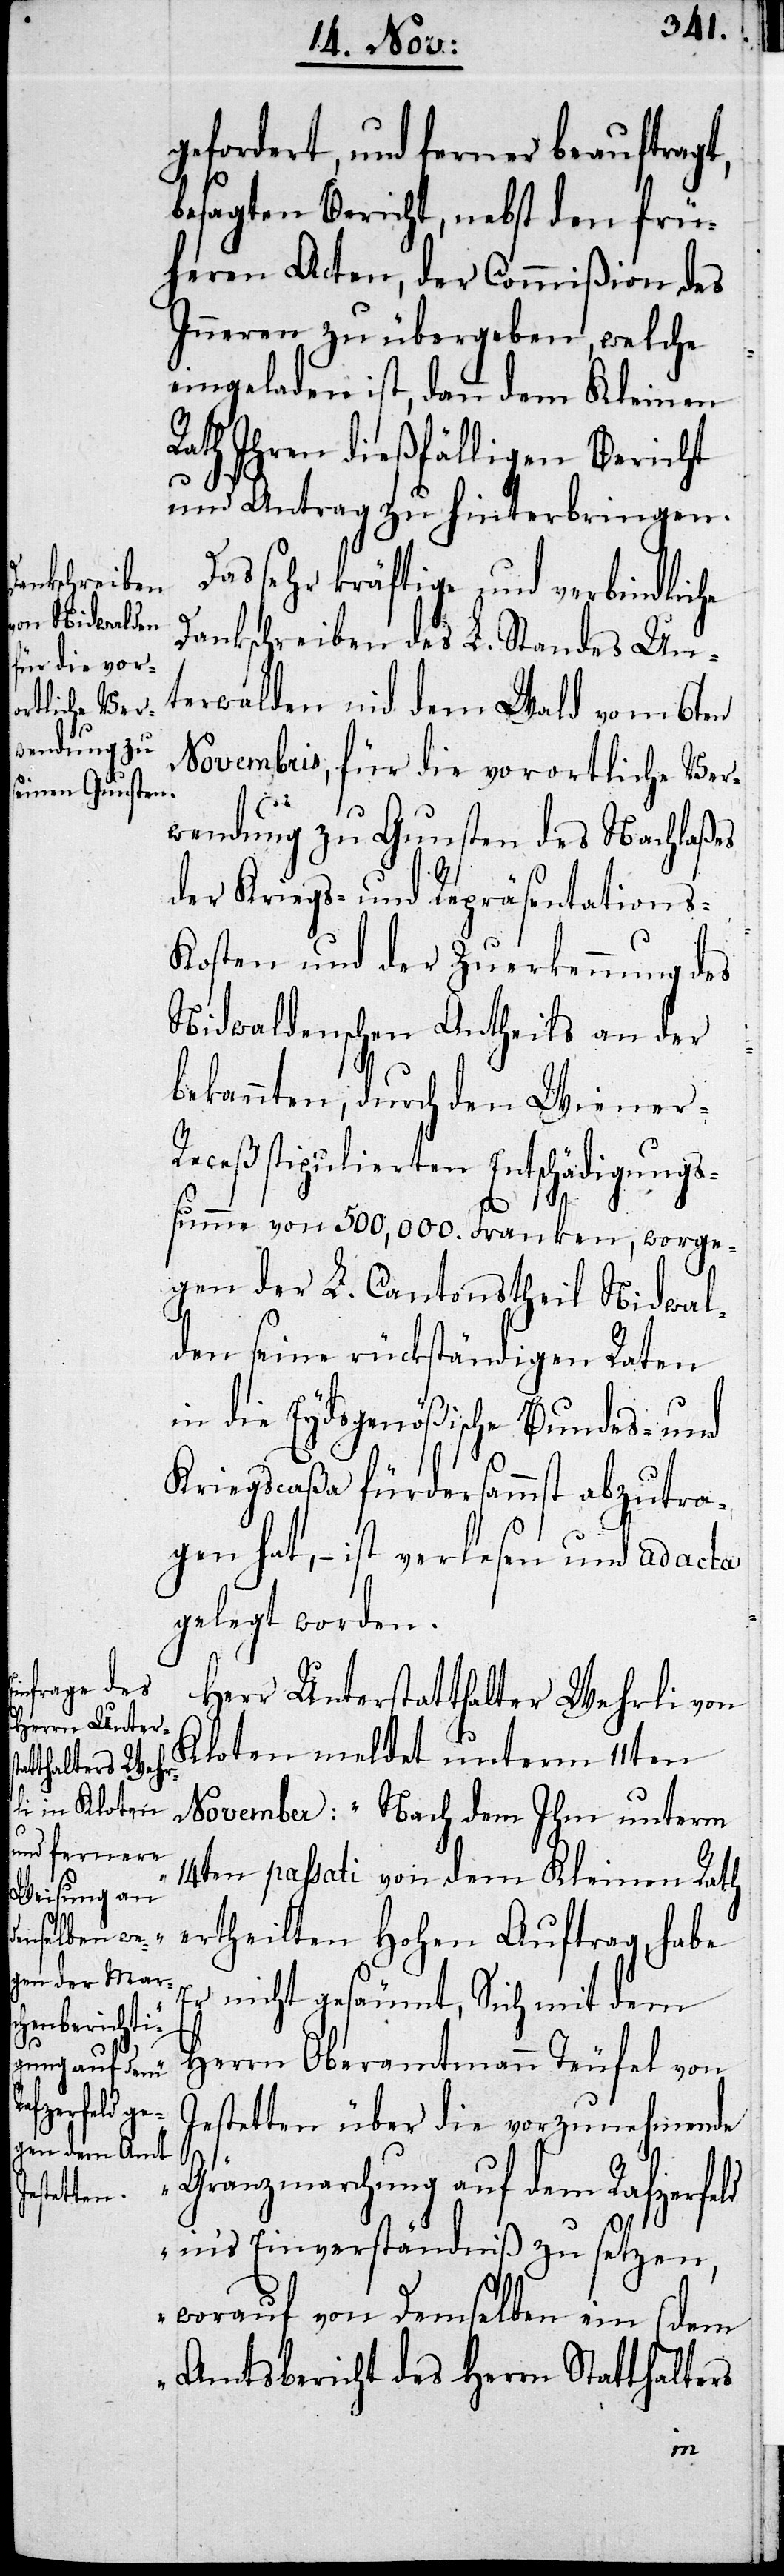
gefordert, und ferner beauftragt,
besagten Bericht, nebst den frü¬
heren Acten, der Commißion des
Inneren zu übergeben, welche
eingeladen ist, dann dem Kleinen
Rath Ihren dießfälligen Bericht
und Antrag zu hinterbringen.
Das sehr kräftige und verbindliche
Dankschreiben des L. Standes Un¬
terwalden nid dem Wald vom 6ten
Novembris, für die vorortliche Ver¬
wendung zu Gunsten des Nachlaßes
der Kriegs- und Repräsentations-K¬
osten und der Zuerkennung des
Nidwaldenschen Antheils an der
bekannten, durch den Wiener-R¬
eceß stipulierten Entschädigungs¬
summe von 500,000. Franken, worge¬
gen der L. Cantonstheil Nidwal¬
den seine rückständigen Raten
in die Eydsgenößische Bundes- und
Kriegscaßa fürdersammst abzutra¬
gen hat, – ist verlesen und ad acta
gelegt worden.
Herr Unterstatthalter Wehrli von
Kloten meldet unterm 11ten
November: „Nach dem Ihm unterm
14ten passati von dem Kleinen Rath
ertheilten Hohen Auftrag, habe
Er nicht gesäumt, Sich mit dem
Herrn Oberamtmann Teufel von
Jestetten über die vorzunehmende
Gränzmarchung auf dem Rafzerfeld
in’s Einverständniß zu setzen,
worauf von Demselben ein (dem
Amtsbericht des Herrn Statthalters